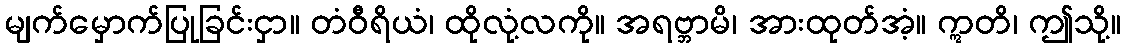
မျက်မှောက်ပြုခြင်းငှာ။ တံဝီရိယံ၊ ထိုလုံ့လကို။ အရဗ္ဘာမိ၊ အားထုတ်အံ့။ ဣတိ၊ ဤသို့။